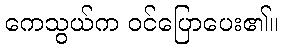
ကေသွယ်က ဝင်ပြောပေး၏။